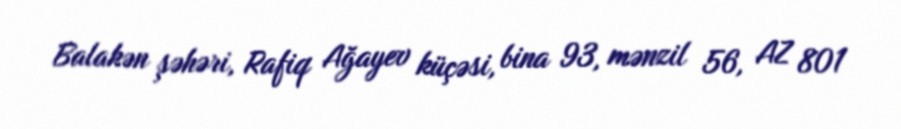
Balakən şəhəri, Rafiq Ağayev küçəsi, bina 93, mənzil 56, AZ 801